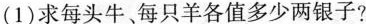
(1)求每头牛，每只羊各值多少两银子?